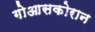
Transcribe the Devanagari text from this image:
गोआसकोरान